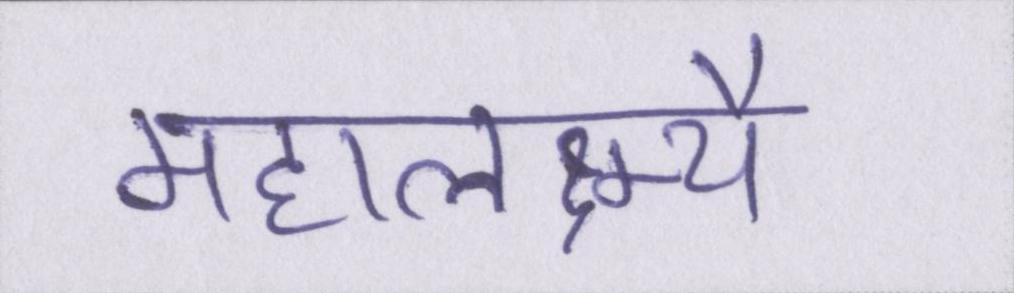
महालक्ष्म्यै